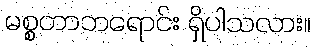
မစ္စတာဘရောင်း ရှိပါသလား။